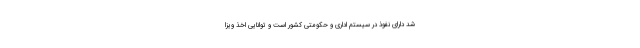
شد دارای نفوذ در سیستم اداری و حکومتی کشور است و توانایی اخذ ویزا